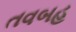
તવબહ